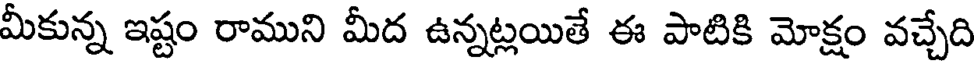
మీకున్న ఇష్టం రాముని మీద ఉన్నట్లయితే ఈ పాటికి మోక్షం వచ్చేది